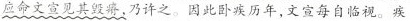
应命文宣见其毁瘠，乃许之。因此卧疾历年，文宣每自临视。疾